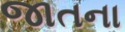
જાતના